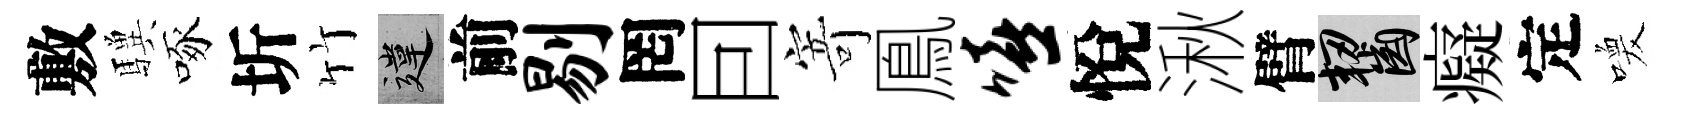
敷驥啄圻竹違前剔罔囙寄鳯嘻悅湫臂齧癡定喚